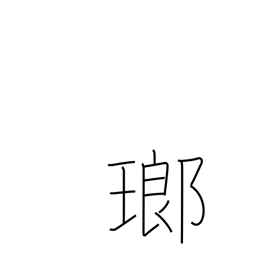
Meaning: precious stone